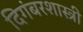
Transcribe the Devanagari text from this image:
दिगंबरशास्त्री